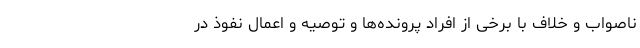
ناصواب و خلاف با برخی از افراد پرونده‌ها و توصیه و اعمال نفوذ در